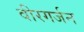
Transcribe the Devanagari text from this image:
वीरगर्जन